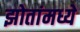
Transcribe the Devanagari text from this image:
झोतांमध्ये